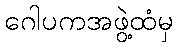
ဂေါပကအဖွဲ့ထံမှ